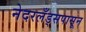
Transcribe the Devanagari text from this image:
नेदरलँड्सपासून